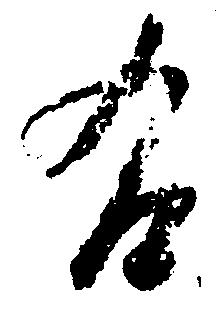
右